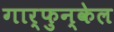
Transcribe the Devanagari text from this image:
गार्फुन्केल